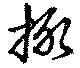
掫